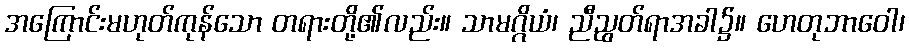
အကြောင်းမဟုတ်ကုန်သော တရားတို့၏လည်း။ သာမဂ္ဂိယံ၊ ညီညွတ်ရာအခါ၌။ ဟေတုဘာဝေါ၊